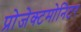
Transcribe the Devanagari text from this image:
प्रोजेक्टमोनिटर